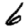
Digit: 6